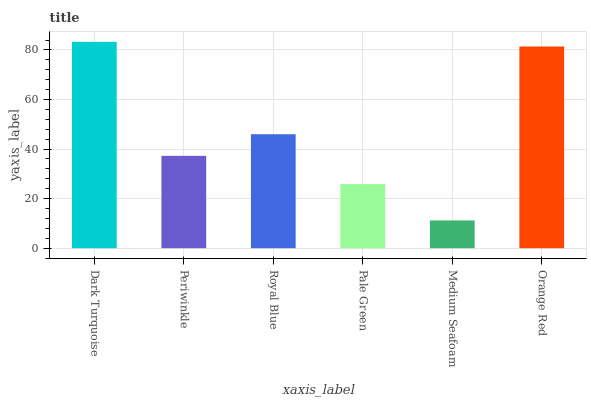
| xaxis_label | bars |
 | --- | --- |
 | Dark Turquoise | 83.3 |
 | Periwinkle | 37.3 |
 | Royal Blue | 46 |
 | Pale Green | 25.8 |
 | Medium Seafoam | 11.2 |
 | Orange Red | 81.4 |